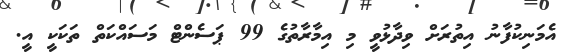
އެމަނިކުފާނު އިތުރަށް ވިދާޅުވީ މި އިމާރާތުގެ 99 ޕަސެންޓް މަސައްކަތް ތަކަކީ އީ.